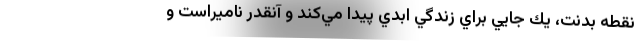
نقطه بدنت، يك جايي براي زندگي ابدي پيدا مي‌كند و آنقدر ناميراست و